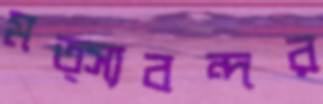
মত্স্যবন্দর